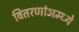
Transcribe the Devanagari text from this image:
वितरणांअम्ध्ये